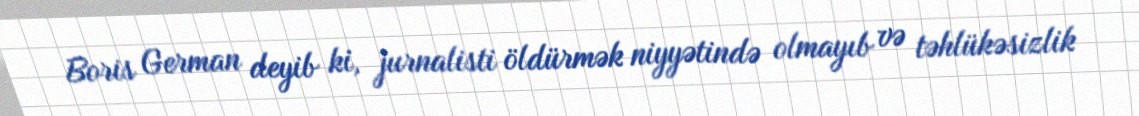
Boris German deyib ki, jurnalisti öldürmək niyyətində olmayıb və təhlükəsizlik